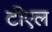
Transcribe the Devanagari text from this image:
टीएल